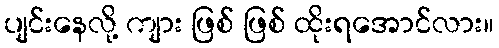
ပျင်းနေလို့ ကျား ဖြစ် ဖြစ် ထိုးရအောင်လား။